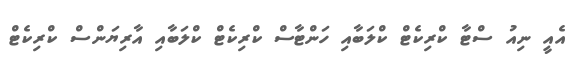
އެއީ ނިއު ސްޓާ ކްރިކެޓް ކްލަބާއި ހަންޓާސް ކްރިކެޓް ކްލަބާއި އާރިޔަންސް ކްރިކެޓް